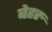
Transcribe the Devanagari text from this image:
बेहरु